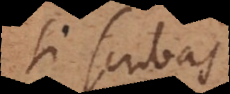
si scribas